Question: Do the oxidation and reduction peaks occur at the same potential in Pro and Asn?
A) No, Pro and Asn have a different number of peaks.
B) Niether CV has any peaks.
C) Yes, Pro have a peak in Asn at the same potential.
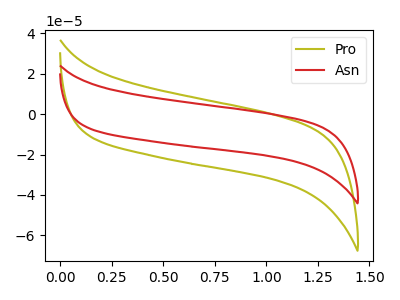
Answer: <think>The olive curve "Pro" has no peaks. The red curve "Asn" has no peaks.</think>
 <answer>B) Niether CV has any peaks.</answer>
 <eval>B</eval>